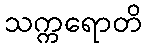
သက္ကရောတိ